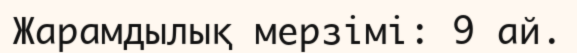
Жарамдылық мерзімі: 9 ай.